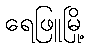
ရေဖြူမြို့